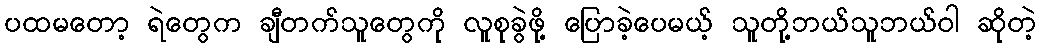
ပထမတော့ ရဲတွေက ချီတက်သူတွေကို လူစုခွဲဖို့ ပြောခဲ့ပေမယ့် သူတို့ဘယ်သူဘယ်ဝါ ဆိုတဲ့